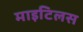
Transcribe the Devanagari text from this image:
माइटिलस